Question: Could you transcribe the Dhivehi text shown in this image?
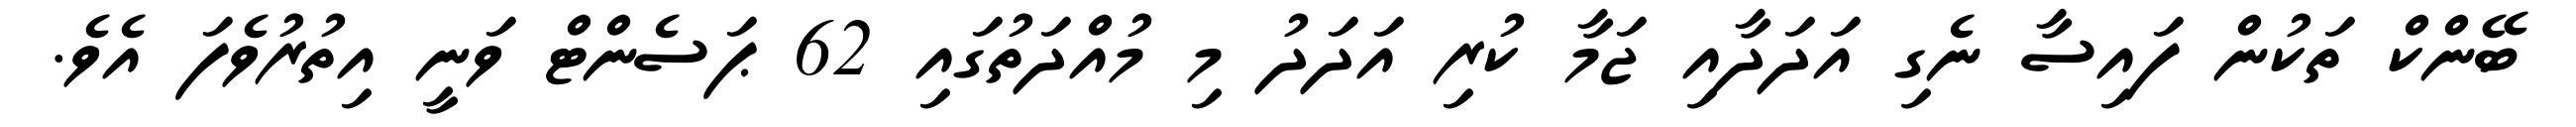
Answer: ބޭންކް ތަކުން ފައިސާ ނެގި އަދަދާއި ޖަމާ ކުރި އަދަދު މި މުއްދަތުގައި 62 ޕަސެންޓް ވަނީ އިތުރުވެފަ އެވެ.